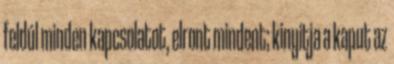
feldúl minden kapcsolatot, elront mindent; kinyitja a kaput az